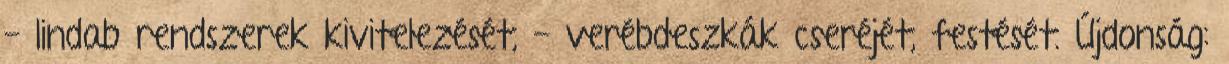
- lindab rendszerek kivitelezését, - verébdeszkák cseréjét, festését. Újdonság: